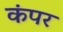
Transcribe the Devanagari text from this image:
कंपर